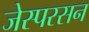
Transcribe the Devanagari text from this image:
जेस्परसन